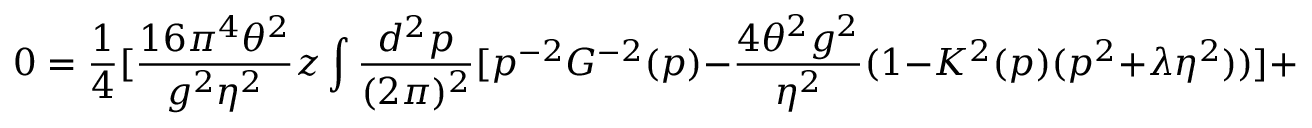
0 = \frac { 1 } { 4 } [ \frac { 1 6 \pi ^ { 4 } \theta ^ { 2 } } { g ^ { 2 } \eta ^ { 2 } } z \int \frac { d ^ { 2 } p } { ( 2 \pi ) ^ { 2 } } [ p ^ { - 2 } G ^ { - 2 } ( p ) - \frac { 4 \theta ^ { 2 } g ^ { 2 } } { \eta ^ { 2 } } ( 1 - K ^ { 2 } ( p ) ( p ^ { 2 } + \lambda \eta ^ { 2 } ) ) ] + ( k ^ { 2 } + \lambda \eta ^ { 2 } ) - K ^ { - 2 } ( k ) ]